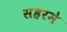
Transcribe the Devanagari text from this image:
सहरमे